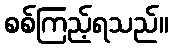
စစ်ကြည့်ရသည်။